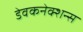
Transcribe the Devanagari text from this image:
डेवकनेक्शन्स